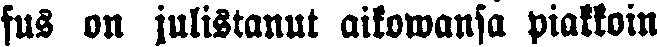
fus on julistanut aikowansa piakkoin